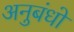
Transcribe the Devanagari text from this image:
अनुबंधो